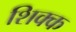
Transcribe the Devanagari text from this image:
शिक्क